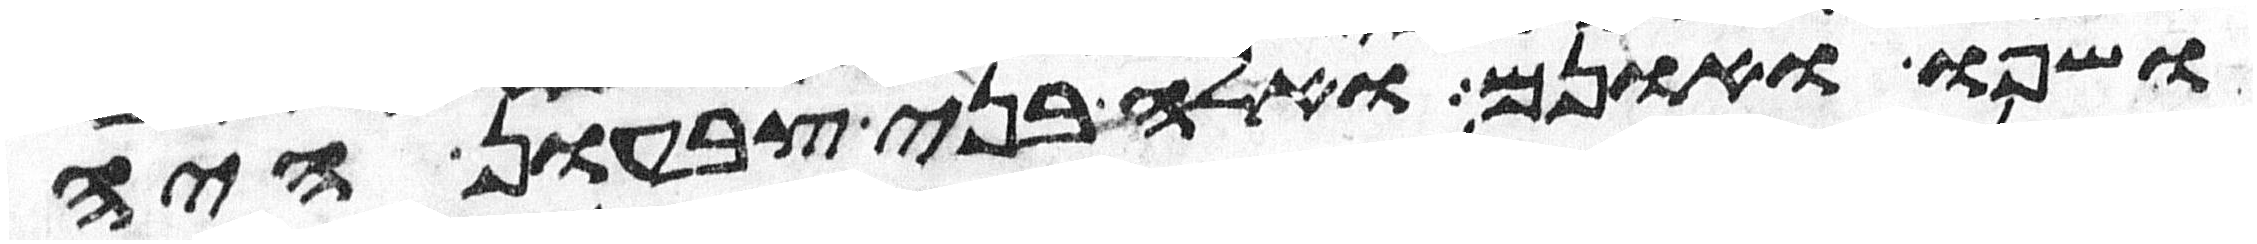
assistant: שפו ואונם ואלה בני צבעון איה